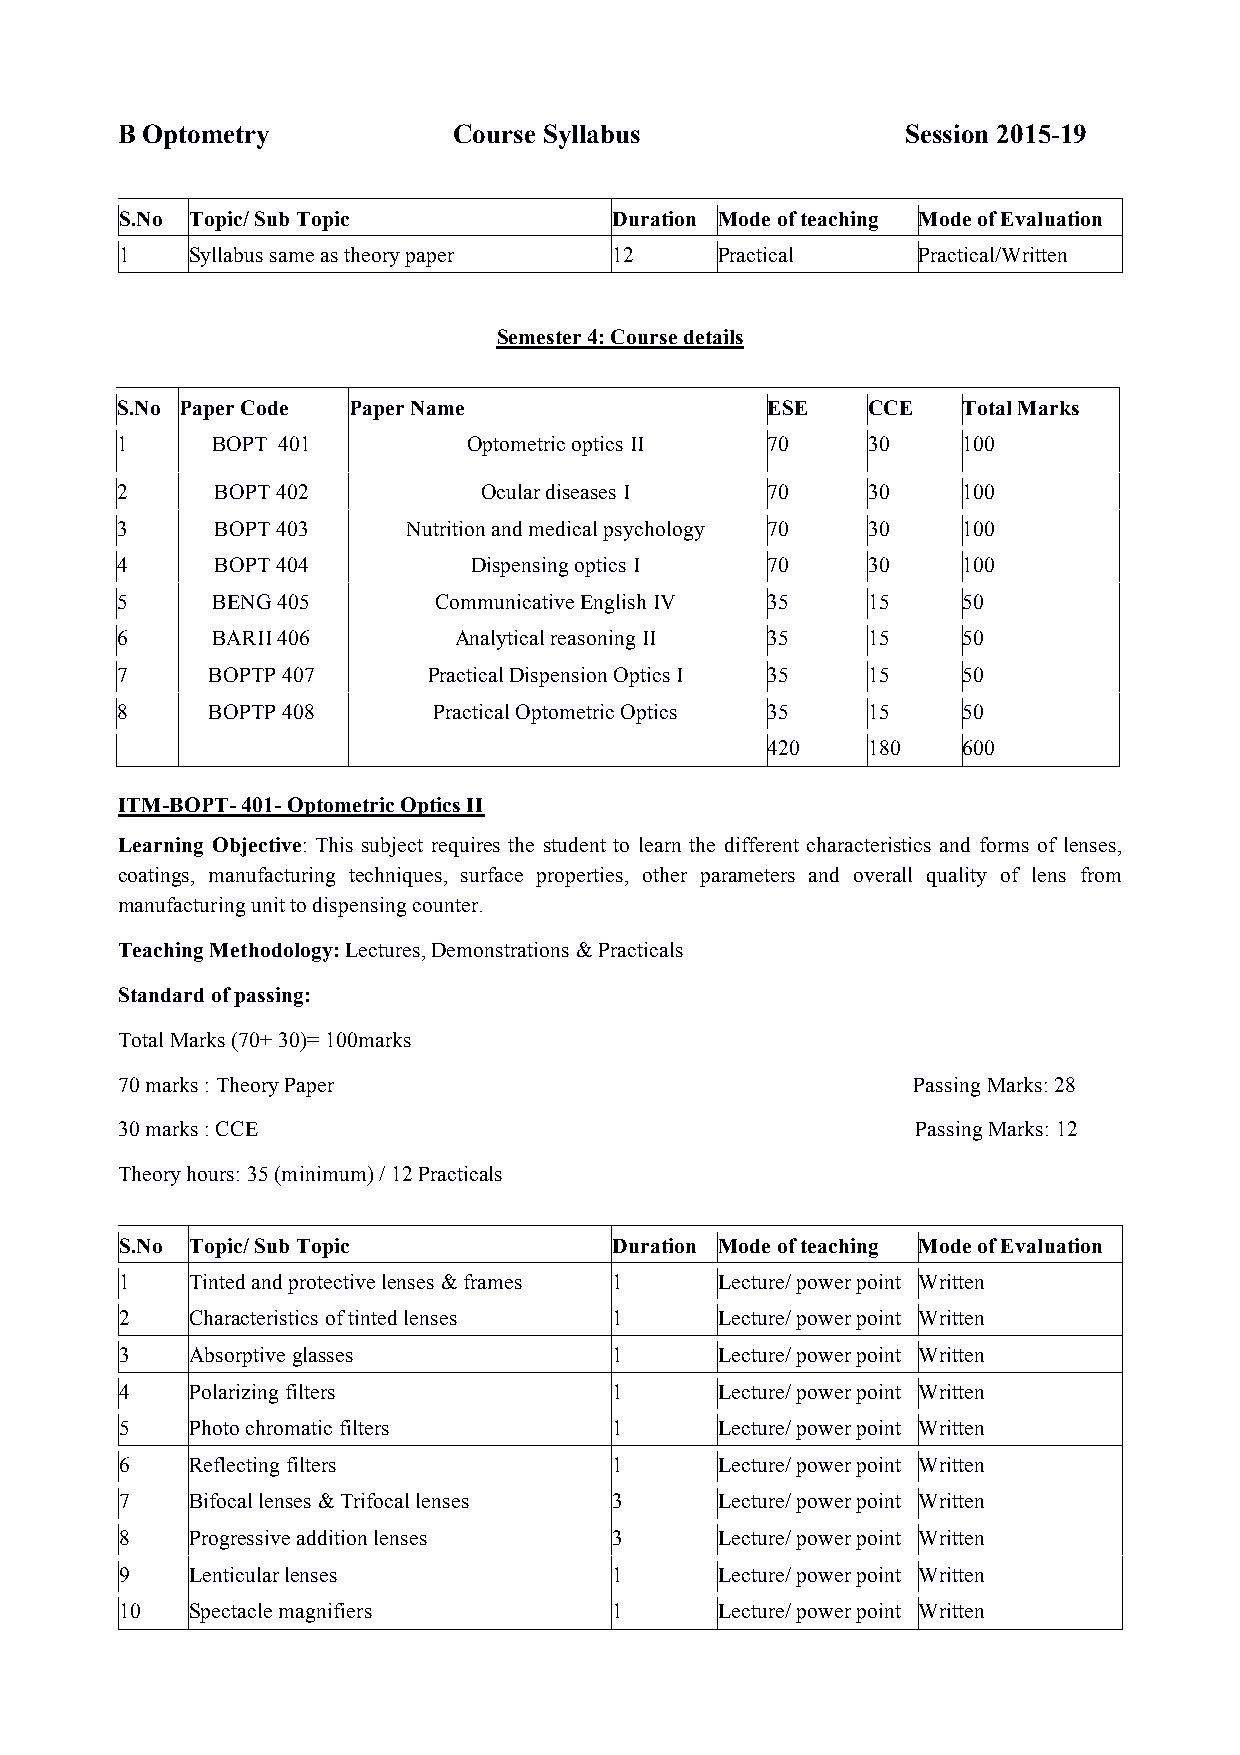
B Optometry           Course Syllabus               Session 2015-19
 S.No Topic/ Sub Topic            Duration Mode of teaching Mode of Evaluation
 1    Syllabus same as theory paper 12   Practical    Practical/Written
 Semester 4: Course details
 S.No Paper Code Paper Name                 ESE   CCE    Total Marks
 1     BOPT 401         Optometric optics II 70   30     100
 2     BOPT 402          Ocular diseases I  70    30     100
 3     BOPT 403     Nutrition and medical psychology 70 30 100
 4     BOPT 404         Dispensing optics I 70    30     100
 5     BENG 405       Communicative English IV 35 15     50
 6     BARII 406       Analytical reasoning II 35 15     50
 7     BOPTP 407     Practical Dispension Optics I 35 15 50
 8     BOPTP 408      Practical Optometric Optics 35 15  50
 420   180    600
 ITM-BOPT- 401- Optometric Optics II
 Learning Objective: This subject requires the student to learn the different characteristics and forms of lenses,
 coatings, manufacturing techniques, surface properties, other parameters and overall quality of lens from
 manufacturing unit to dispensing counter.
 Teaching Methodology: Lectures, Demonstrations & Practicals
 Standard of passing:
 Total Marks (70+ 30)= 100marks
 70 marks : Theory Paper                              Passing Marks: 28
 30 marks : CCE                                       Passing Marks: 12
 Theory hours: 35 (minimum) / 12 Practicals
 S.No Topic/ Sub Topic            Duration Mode of teaching Mode of Evaluation
 1    Tinted and protective lenses & frames 1 Lecture/ power point Written
 2    Characteristics of tinted lenses 1 Lecture/ power point Written
 3    Absorptive glasses          1      Lecture/ power point Written
 4    Polarizing filters          1      Lecture/ power point Written
 5    Photo chromatic filters     1      Lecture/ power point Written
 6    Reflecting filters          1      Lecture/ power point Written
 7    Bifocal lenses & Trifocal lenses 3 Lecture/ power point Written
 8    Progressive addition lenses 3      Lecture/ power point Written
 9    Lenticular lenses           1      Lecture/ power point Written
 10   Spectacle magnifiers        1      Lecture/ power point Written